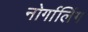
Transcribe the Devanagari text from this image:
नोर्गालिंग